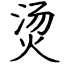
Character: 烫